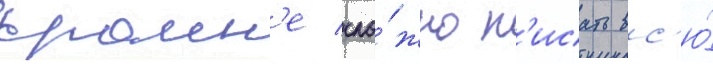
краин'е сло́жно п'исать вс'ю́